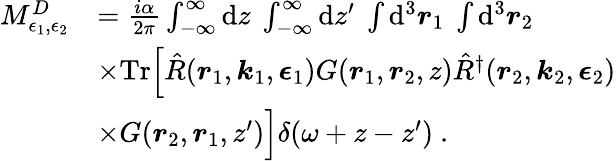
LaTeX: \begin{array}{rl}{M_{\epsilon_{1},\epsilon_{2}}^{D}}&{=\frac{i\alpha}{2\pi}\int_{-\infty}^{\infty}\mathrm{d}z~\int_{-\infty}^{\infty}\mathrm{d}z^{\prime}~\int\mathrm{d}^{3}\boldsymbol{r}_{1}~\int\mathrm{d}^{3}\boldsymbol{r}_{2}~}\\ &{\times\mathrm{Tr}\Big[\hat{R}(\boldsymbol{r}_{1},\boldsymbol{k}_{1},\boldsymbol{\epsilon}_{1})G(\boldsymbol{r}_{1},\boldsymbol{r}_{2},z)\hat{R}^{\dagger}(\boldsymbol{r}_{2},\boldsymbol{k}_{2},\boldsymbol{\epsilon}_{2})}\\ &{\times G(\boldsymbol{r}_{2},\boldsymbol{r}_{1},z^{\prime})\Big]\delta(\omega+z-z^{\prime})~.}\end{array}